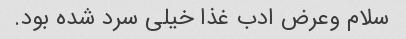
سلام وعرض ادب غذا خیلی سرد شده بود.